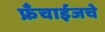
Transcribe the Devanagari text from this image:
फ्रँचाईजचे